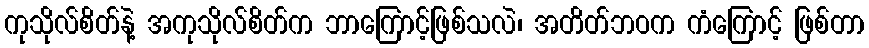
ကုသိုလ်စိတ်နဲ့ အကုသိုလ်စိတ်က ဘာကြောင့်ဖြစ်သလဲ၊ အတိတ်ဘဝက ကံကြောင့် ဖြစ်တာ